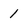
Character: 1